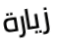
زيارة